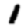
Digit: 1